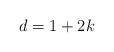
LaTeX: \begin{align*} d=1+2k\end{align*}